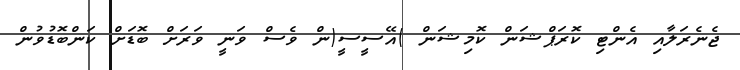
ޖެނެރަލާއި އެންޓި ކޮރަޕްޝަން ކޮމިޝަން )އޭސީސީ(ން ވެސް ވަނީ ވަރަށް ބޮޑަށް ކަންބޮޑުވުން